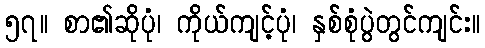
၅၇။ စာ၏ဆိုပုံ၊ ကိုယ်ကျင့်ပုံ၊ နှစ်စုံပွဲတွင်ကျင်း။